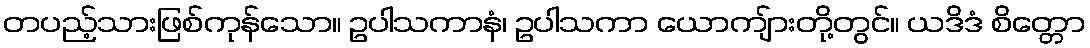
တပည့်သားဖြစ်ကုန်သော။ ဥပါသကာနံ၊ ဥပါသကာ ယောကျ်ားတို့တွင်။ ယဒိဒံ စိတ္တော